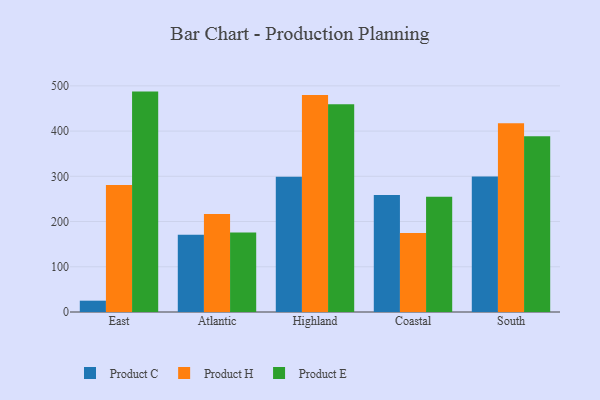
{"axis": {"x": "Region", "y": "Satisfaction Score"}, "legend": ["Product C", "Product E", "Product H"], "data": [{"x": "East", "y": 25.0, "type": "Product C"}, {"x": "East", "y": 280.6, "type": "Product H"}, {"x": "East", "y": 487.3, "type": "Product E"}, {"x": "Atlantic", "y": 171.0, "type": "Product C"}, {"x": "Atlantic", "y": 216.9, "type": "Product H"}, {"x": "Atlantic", "y": 176.0, "type": "Product E"}, {"x": "Highland", "y": 298.9, "type": "Product C"}, {"x": "Highland", "y": 479.9, "type": "Product H"}, {"x": "Highland", "y": 459.1, "type": "Product E"}, {"x": "Coastal", "y": 258.5, "type": "Product C"}, {"x": "Coastal", "y": 174.9, "type": "Product H"}, {"x": "Coastal", "y": 254.6, "type": "Product E"}, {"x": "South", "y": 299.6, "type": "Product C"}, {"x": "South", "y": 417.4, "type": "Product H"}, {"x": "South", "y": 388.5, "type": "Product E"}]}